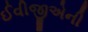
ઈવીજીએની